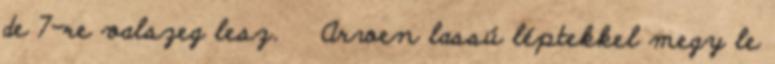
de 7-re valszeg lesz. Arwen lassú léptekkel megy le